Statistical return of the lunatic asylum in Assam - 1912-1932
Year: 1912
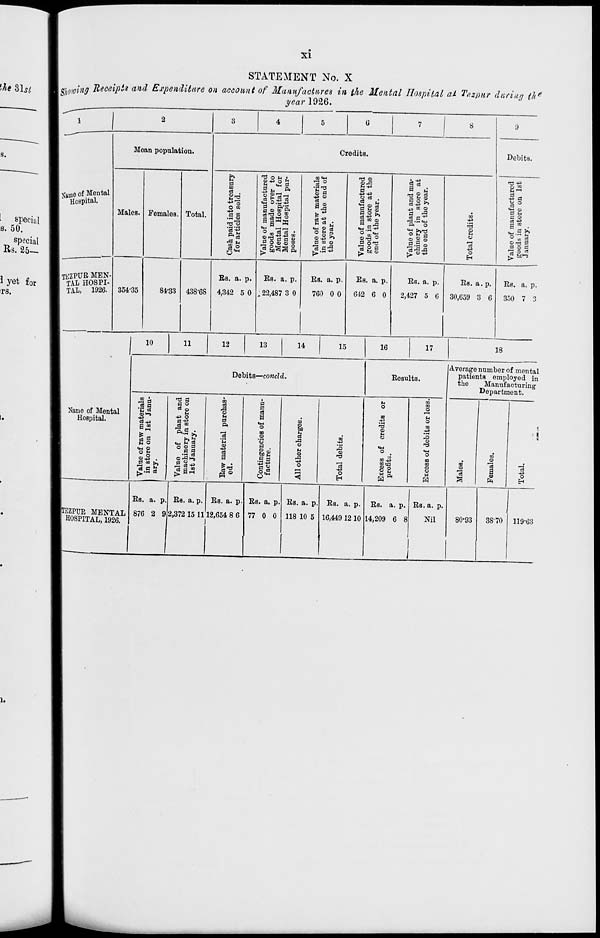
XI
STATEMENT No. X
\8kowWff Receipts and Expenditure on account of Manufactures in the Mental Hospital at Te.zpur during (h e
year 1926.
Mean population.
Same of Mental
Hospital.
Males.
TEZPUB MEN-
'TAL HOSPI-
TAL, 1926-
354-35
Females. Total.
Credits.
Debits.
B
m
O "i
-4->
a oo
'■o'o 1
ag
•3 n
3°
84-33
438 -GS
Es. a. p.
4,342 5 0
9*" o a
Ifa ft
lift
Sal**
So5S5
00 «M
S d
03
if.
<H 9 g]
° B P
£3 V) o
g.s5
T3 ©
Q.d
rj g a
a i,
d o-a
^3 o a
a
m *
a -d
M4 •
a .d-d
O
H3 ■ +"
2^
-2d
1° *3 2
s o
o rt a
73 2
O r— S3
Sofl
go*
Es. a. p.
, 22,487 3 0
Es. a. p.
760 0 0
Es. a. p.
642 6 0
Es. a. p.
2,427 5 6
Es. a. p.
30,659 3 6
Es. a. p.
350 7 3
10
11
12
13
14
15
16
17
18
Name of Mental
Hospital.
Debits—condd.
Eesults.
.5 9
P 00
C r-I
2 o
2-S
tJ d
03
0
a
es
a
d o
et
-*3 O
o
H
9 ■
O
ft— >,
-3
to
5
o 2 S
M
Q
-♦a
G
d (
a g
©.di-3
1
&2
.5 3
Valu
mac
1st
oo
o
■d
e>
o
.d
.a
©
o
o
H3
o
w
w
m
o
H
o
OQ
J-l
'JZ
o
CM
o
00
oo
o
o
t«f
w
Average number of mental
patients employed in
the
Manufacturing
Department.
w
©
C3
a o
"o
H
|TEZPUR MENTAL
HOSPITAL, 1926.
Es. a. p.
876 2 9
Es. a. p. Es. a. p
2,372 15 1112,654 8 6
Es. a. p.
77 0 0
Es. a. p.
118 10 5
Es. a. p.
16,449 12 10
Es. a. p
14.209 6 8
Es. a. p.
Nil
80-93
3870 119-63
I,